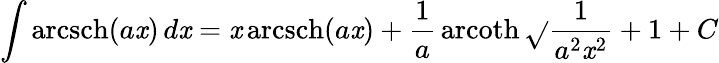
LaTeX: \int\operatorname{arcsch}(a\mathit{x})\, d\mathit{x}=\mathit{x}\operatorname{arcsch}(a\mathit{x})+{\frac{{1}}{{a}}}\operatorname{arcoth}{\sqrt{}{{{\frac{{1}}{{a^{2}\mathit{x}^{2}}}}+1}}}+C